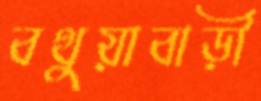
বথুয়াবাড়ী